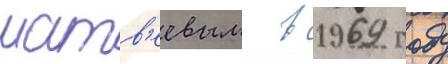
матв'еевым в 1969 году